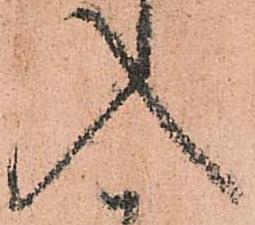
入